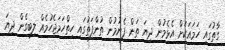
ގާތުގައި ހަމައަކަށް އެޅެމުން ދިޔަ ތަން ފެނުމުން ތުންފަތުގައި ހިތްހަމަޖެހުމެއް ލިބިގެން ދިޔަ